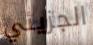
الجزيئي